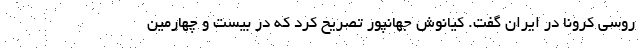
روسی کرونا در ایران گفت. کیانوش جهانپور تصریح کرد که در بیست و چهارمین